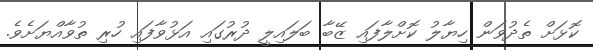
ކޮޅަށް ތެދުވަން ހިޔާލު ކޮށްލާފައި ޒޭބާ ބަލައިލީ ދުރުގައި އަޅުވާފައި ހުރި ތުވާއްޔަށެވެ.